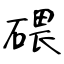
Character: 碨